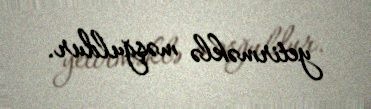
yetirməklə məşğuldur.